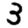
Digit: 3